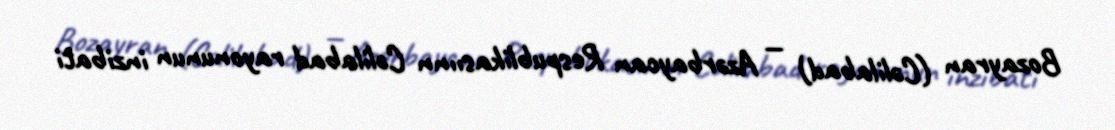
Bozayran (Cəlilabad) — Azərbaycan Respublikasıınn Cəlilabad rayonunun inzibati